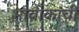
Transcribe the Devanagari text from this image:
भावीकांची